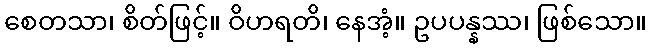
စေတသာ၊ စိတ်ဖြင့်။ ဝိဟရတိ၊ နေအံ့။ ဥပပန္နဿ၊ ဖြစ်သော။